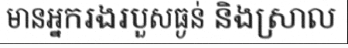
មានអ្នករងរបួសធ្ងន់ និងស្រាល